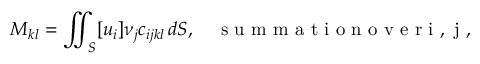
M _ { k l } = \iint _ { S } [ u _ { i } ] \nu _ { j } c _ { i j k l } \, d S , \quad \mathrm { ~ s ~ u ~ m ~ m ~ a ~ t ~ i ~ o ~ n ~ o ~ v ~ e ~ r ~ i ~ , ~ j ~ } ,